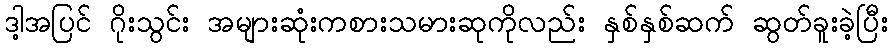
ဒါ့အပြင် ဂိုးသွင်း အများဆုံးကစားသမားဆုကိုလည်း နှစ်နှစ်ဆက် ဆွတ်ခူးခဲ့ပြီး